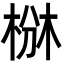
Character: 椕